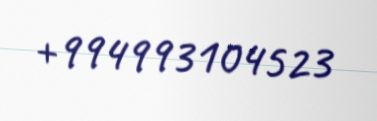
+994993104523